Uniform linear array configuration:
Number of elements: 4
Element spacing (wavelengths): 0.75
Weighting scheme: blackman
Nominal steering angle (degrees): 60
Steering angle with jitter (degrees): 58.375
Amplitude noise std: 0.05
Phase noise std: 0.05

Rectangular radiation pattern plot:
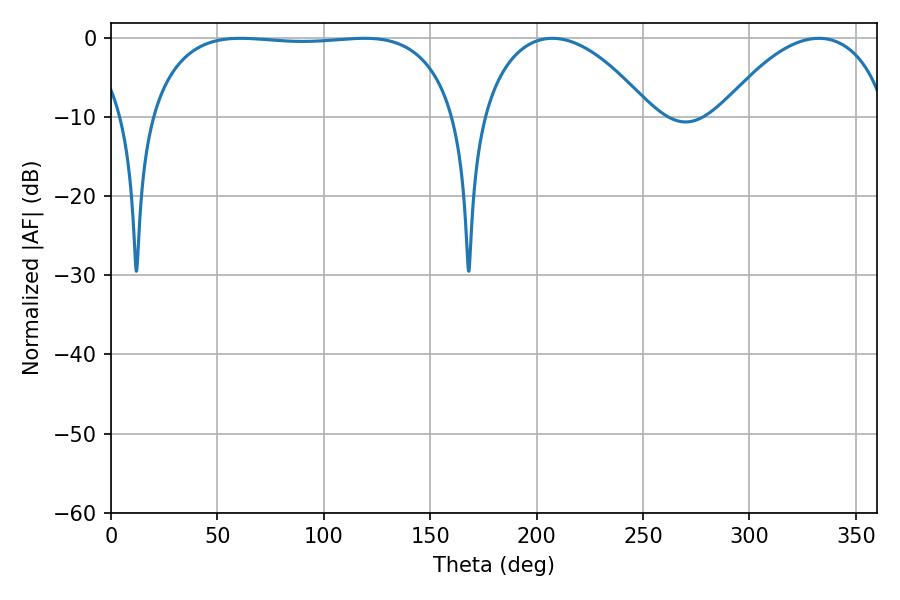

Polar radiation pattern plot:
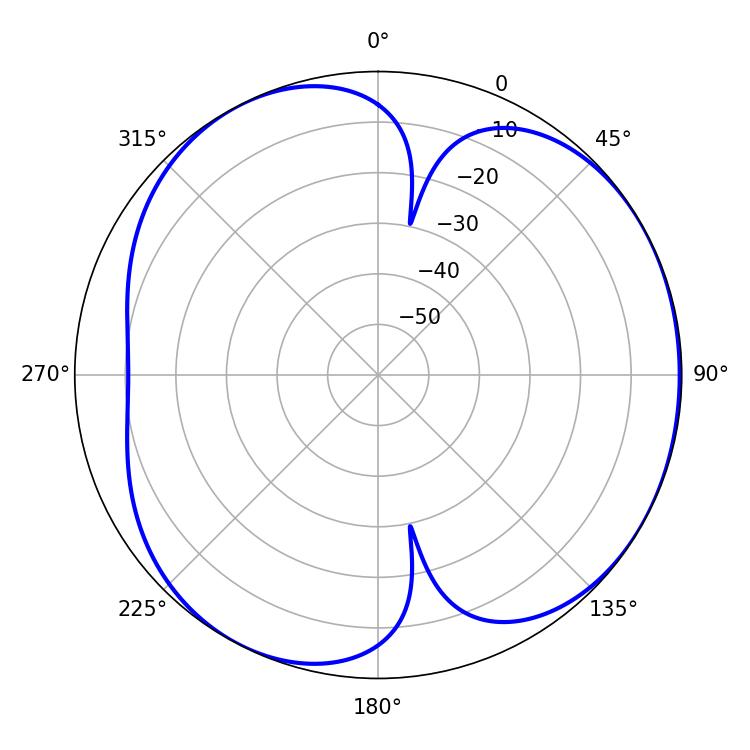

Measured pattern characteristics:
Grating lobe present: TRUE
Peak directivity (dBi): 4.37
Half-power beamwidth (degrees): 114.48
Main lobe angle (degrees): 119.16